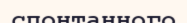
спонтанного